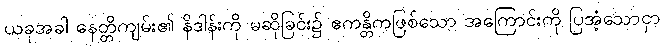
ယခုအခါ နေတ္တိကျမ်း၏ နိဒါန်းကို မဆိုခြင်း၌ ဧကန္တိကဖြစ်သော အကြောင်းကို ပြအံ့သောငှာ